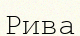
Рива